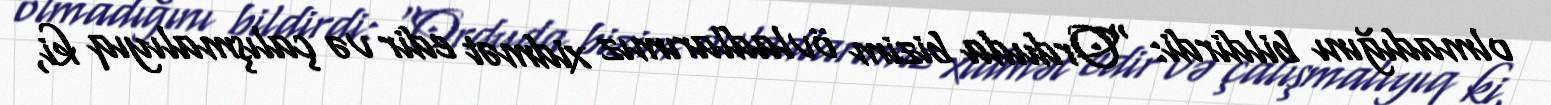
olmadığını bildirdi: “Orduda bizim övladlarımız xidmət edir və çalışmalıyıq ki,